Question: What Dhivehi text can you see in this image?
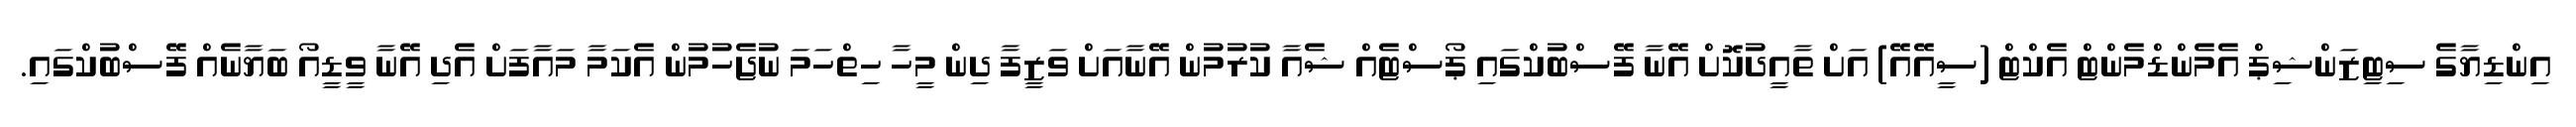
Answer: އިންޑިޔާގެ ސިޓިޒަންޝިޕް އެމެންޑްމެންޓް އެކްޓް (ސީއޭއޭ) އަށް ތާއީދުކޮށް އޭނާ ފޭސްބުކްގައި ޕޯސްޓެއް ޝެއާ ކުރުމުން އޭނާއަށް ވަޒީފާ ދިން މީހާ ހިތްހަމަ ނުޖެހުމުން އެކަމާ މައާފަށް އެދި އޭނާ ވީޑީއޯ ބަޔާނެއް ފޭސްބުކްގައި.